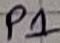
Text: P1